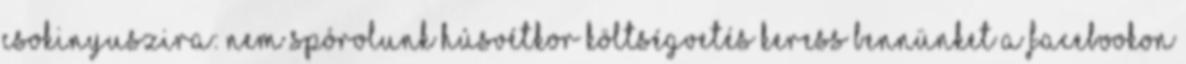
csokinyuszira: nem spórolunk húsvétkor költségvetés Keress bennünket a Facebookon